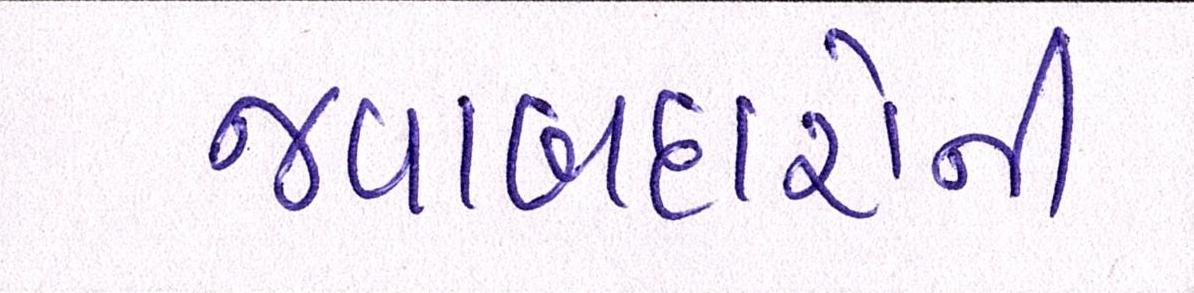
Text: જવાબદારોની